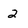
Character: 2